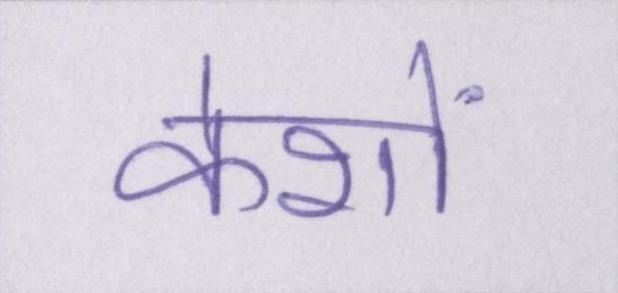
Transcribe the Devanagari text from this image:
केशों